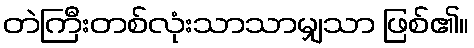
တဲကြီးတစ်လုံးသာသာမျှသာ ဖြစ်၏။